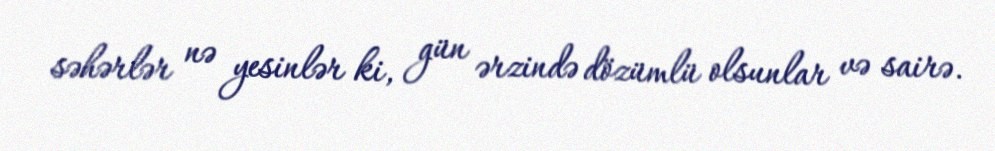
səhərlər nə yesinlər ki, gün ərzində dözümlü olsunlar və sairə.